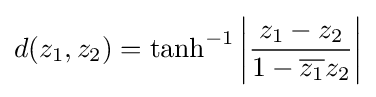
d(z_{1},z_{2})=\tanh ^{-1}\left|{\frac {z_{1}-z_{2}}{1-{\overline {z_{1}}}z_{2}}}\right|